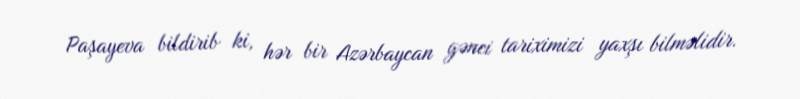
Paşayeva bildirib ki, hər bir Azərbaycan gənci tariximizi yaxşı bilməlidir.